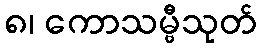
၈၊ ကောသမ္ဗီသုတ်